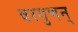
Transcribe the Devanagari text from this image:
वरगुणन्